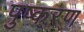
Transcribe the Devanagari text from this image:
पुष्करण